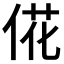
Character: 𫢮